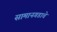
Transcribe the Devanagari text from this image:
सामानगडाचे